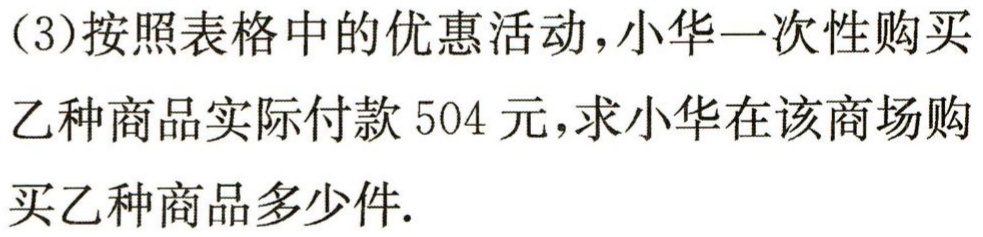
(3)按照表格中的优惠活动，小华一次性购买
乙种商品实际付款 504 元，求小华在该商场购
买乙种商品多少件.